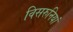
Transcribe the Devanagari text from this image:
विसरुनियां